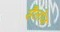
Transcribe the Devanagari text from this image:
सैलोज